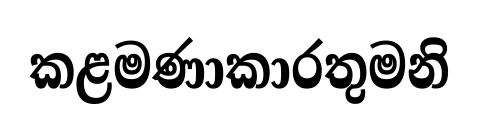
කළමණාකාරතුමනි